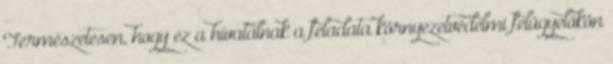
Természetesen, hogy ez a hivatalnak a feladata környezetvédelmi felügyelőkön